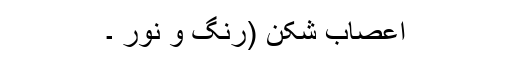
اعصاب شکن (رنگ و نور ۔